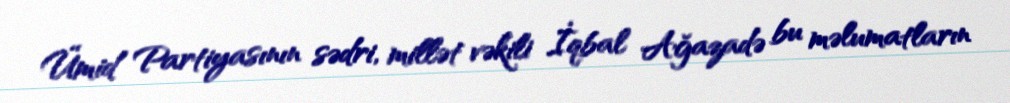
Ümid Partiyasının sədri, millət vəkili İqbal Ağazadə bu məlumatların